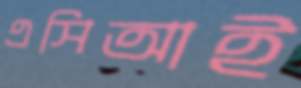
এসিআই